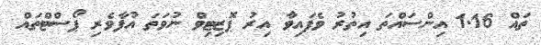
ތައް 1.16 އިންސައްތަ އިތުރު ވެފައިވާ އިރު ޕޮޒިޓިވް ނުވަތަ އުފާވެރި ޕޯސްޓްތައް